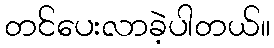
တင်ပေးလာခဲ့ပါတယ်။